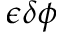
\epsilon \delta \phi